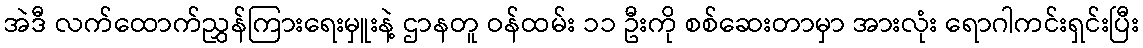
အဲဒီ လက်ထောက်ညွှန်ကြားရေးမှူးနဲ့ ဌာနတူ ဝန်ထမ်း ၁၁ ဦးကို စစ်ဆေးတာမှာ အားလုံး ရောဂါကင်းရှင်းပြီး